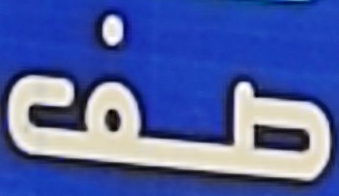
صف